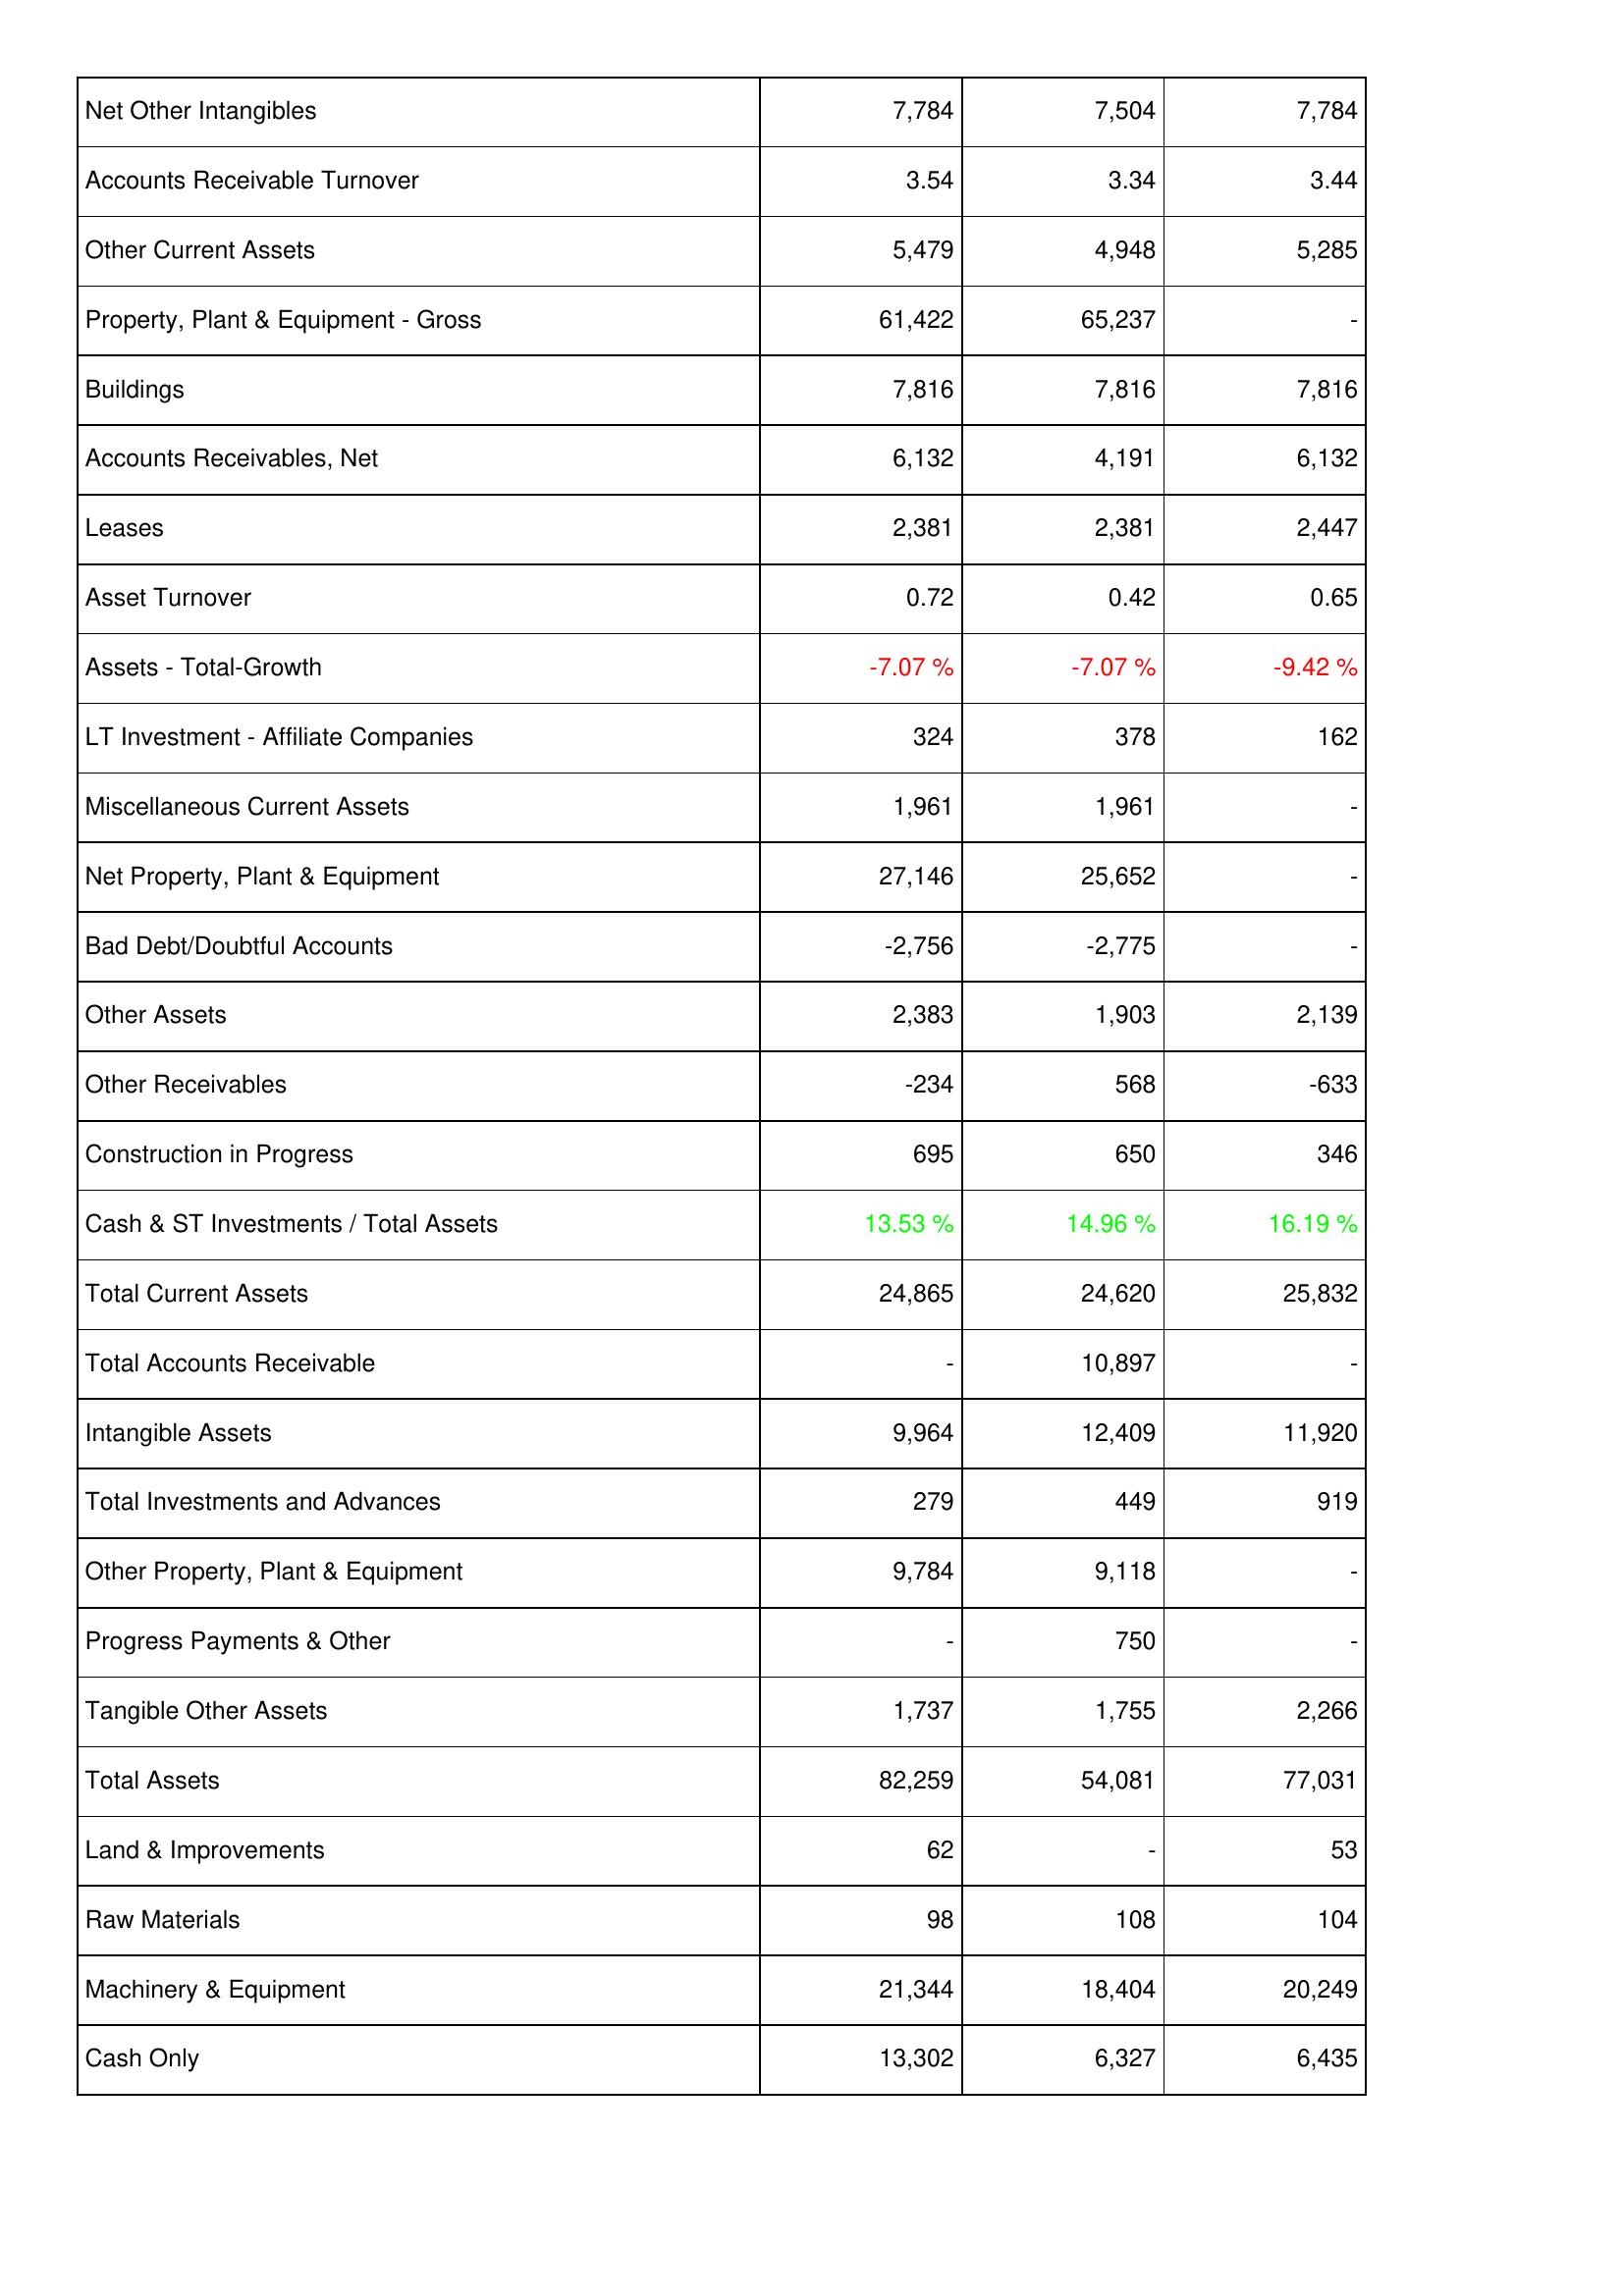
2022: Assets: Net Other Intangibles: 7,784
Accounts Receivable Turnover: 3.54
Other Current Assets: 5,479
Property, Plant & Equipment - Gross: 61,422
Buildings: 7,816
Accounts Receivables, Net: 6,132
Leases: 2,381
Asset Turnover: 0.72
Assets - Total-Growth: -7.07 %
LT Investment - Affiliate Companies: 324
Miscellaneous Current Assets: 1,961
Net Property, Plant & Equipment: 27,146
Bad Debt/Doubtful Accounts: -2,756
Other Assets: 2,383
Other Receivables: -234
Construction in Progress: 695
Cash & ST Investments / Total Assets: 13.53 %
Total Current Assets: 24,865
Total Accounts Receivable: -
Intangible Assets: 9,964
Total Investments and Advances: 279
Other Property, Plant & Equipment: 9,784
Progress Payments & Other: -
Tangible Other Assets: 1,737
Total Assets: 82,259
Land & Improvements: 62
Raw Materials: 98
Machinery & Equipment: 21,344
Cash Only: 13,302
2021: Assets: Net Other Intangibles: 7,504
Accounts Receivable Turnover: 3.34
Other Current Assets: 4,948
Property, Plant & Equipment - Gross: 65,237
Buildings: 7,816
Accounts Receivables, Net: 4,191
Leases: 2,381
Asset Turnover: 0.42
Assets - Total-Growth: -7.07 %
LT Investment - Affiliate Companies: 378
Miscellaneous Current Assets: 1,961
Net Property, Plant & Equipment: 25,652
Bad Debt/Doubtful Accounts: -2,775
Other Assets: 1,903
Other Receivables: 568
Construction in Progress: 650
Cash & ST Investments / Total Assets: 14.96 %
Total Current Assets: 24,620
Total Accounts Receivable: 10,897
Intangible Assets: 12,409
Total Investments and Advances: 449
Other Property, Plant & Equipment: 9,118
Progress Payments & Other: 750
Tangible Other Assets: 1,755
Total Assets: 54,081
Land & Improvements: -
Raw Materials: 108
Machinery & Equipment: 18,404
Cash Only: 6,327
2020: Assets: Net Other Intangibles: 7,784
Accounts Receivable Turnover: 3.44
Other Current Assets: 5,285
Property, Plant & Equipment - Gross: -
Buildings: 7,816
Accounts Receivables, Net: 6,132
Leases: 2,447
Asset Turnover: 0.65
Assets - Total-Growth: -9.42 %
LT Investment - Affiliate Companies: 162
Miscellaneous Current Assets: -
Net Property, Plant & Equipment: -
Bad Debt/Doubtful Accounts: -
Other Assets: 2,139
Other Receivables: -633
Construction in Progress: 346
Cash & ST Investments / Total Assets: 16.19 %
Total Current Assets: 25,832
Total Accounts Receivable: -
Intangible Assets: 11,920
Total Investments and Advances: 919
Other Property, Plant & Equipment: -
Progress Payments & Other: -
Tangible Other Assets: 2,266
Total Assets: 77,031
Land & Improvements: 53
Raw Materials: 104
Machinery & Equipment: 20,249
Cash Only: 6,435